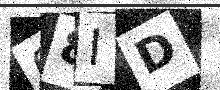
Text: 08ID